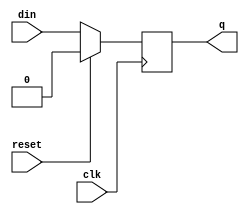

module flop_r #(parameter Size=1, Reset_Value='b0)(
  input clk
  ,input reset
  ,input [Size-1:0] din
  ,output reg [Size-1:0] q
  );

  always @(posedge clk) begin
    if (reset)
      q <= Reset_Value;
    else
      q <= din;
  end

endmodule